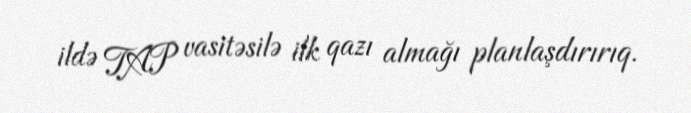
ildə TAP vasitəsilə ilk qazı almağı planlaşdırırıq.